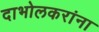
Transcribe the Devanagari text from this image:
दाभोलकरांना